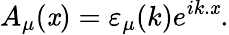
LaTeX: A_{\mu}(\mathit{x})=\varepsilon_{\mu}(k)e^{ik.\mathit{x}}.